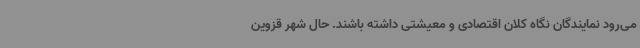
می‌رود نمایندگان نگاه کلان اقتصادی و معیشتی داشته باشند. حال شهر قزوین